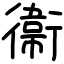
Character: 衞